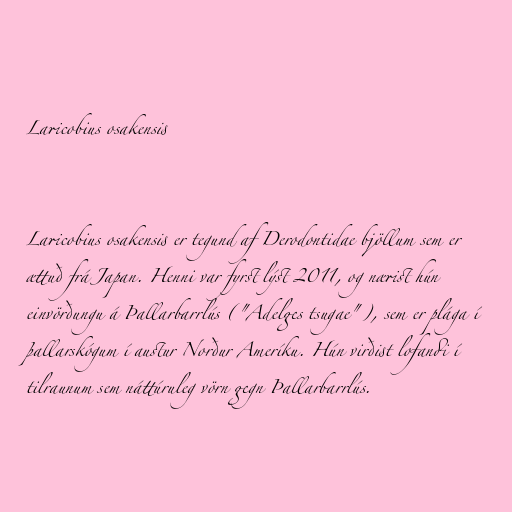
Laricobius osakensis

Laricobius osakensis er tegund af Derodontidae bjöllum sem er
ættuð frá Japan. Henni var fyrst lýst 2011, og nærist hún
einvörðungu á Þallarbarrlús ("Adelges tsugae"), sem er plága í
þallarskógum í austur Norður Ameríku. Hún virðist lofandi í
tilraunum sem náttúruleg vörn gegn Þallarbarrlús.